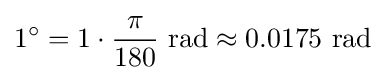
1^{\circ }=1\cdot {\frac {\pi }{180}}{\text{ rad}}\approx 0.0175{\text{ rad}}